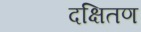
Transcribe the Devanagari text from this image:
दक्षितण